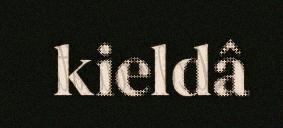
kieldâ